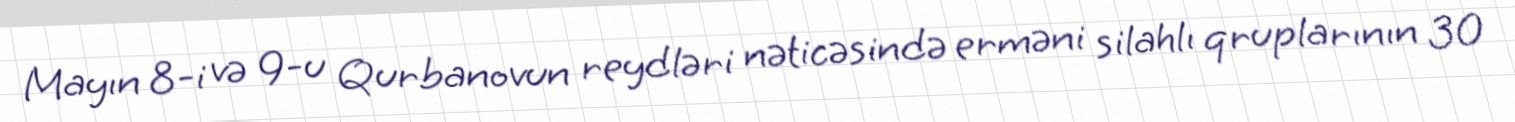
Mayın 8-i və 9-u Qurbanovun reydləri nəticəsində erməni silahlı qruplarının 30